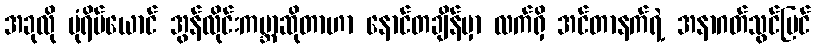
အခုလို ပုံရိပ်ယောင် အွန်လိုင်းကမ္ဘာဆိုတာဟာ နောင်တချိန်မှာ လက်ရှိ အင်တာနက်ရဲ့ အနာဂတ်သွင်ပြင်